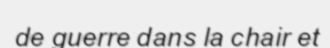
de guerre dans la chair et